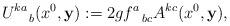
LaTeX: \begin{align*}U^{ka}_{~~~b}(x^{0}, {\bf y}) := 2gf^{a}_{~~bc} A^{kc}(x^{0}, {\bf y}),\end{align*}